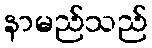
နာမည်သည်